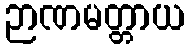
ဉာဏမတ္တာယ